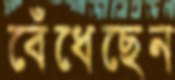
বেঁধেছেন